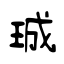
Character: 珹